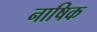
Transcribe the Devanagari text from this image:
नाषिक